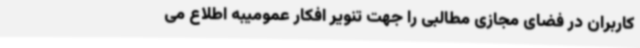
کاربران در فضای مجازی مطالبی را جهت تنویر افکار عمومیبه اطلاع می‌